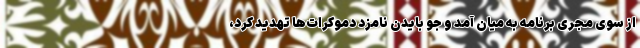
از سوی مجری برنامه به میان آمد و جو بایدن نامزد دموکرات‌ها تهدید کرد،